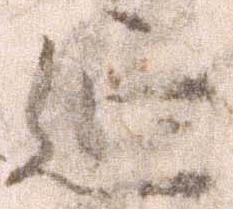
延